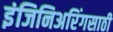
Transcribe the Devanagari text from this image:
इंजिनिअरिंगसाठी